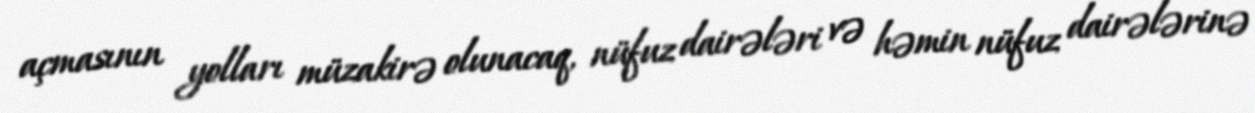
açmasının yolları müzakirə olunacaq, nüfuz dairələri və həmin nüfuz dairələrinə